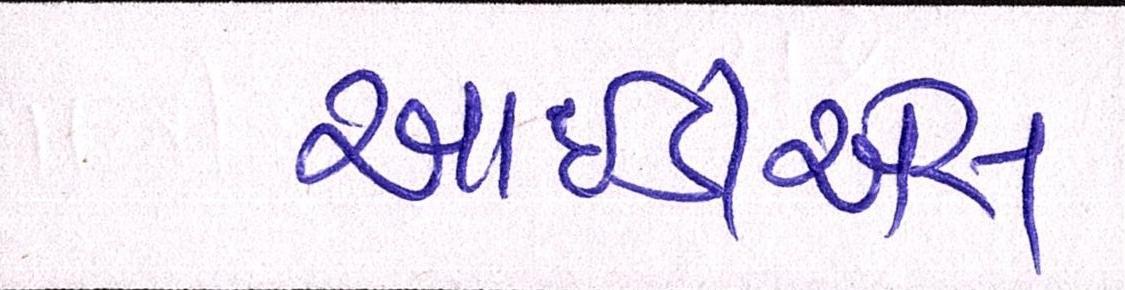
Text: આઇડીએસ